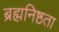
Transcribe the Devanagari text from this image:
ब्रह्मनिष्ठता